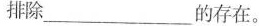
排除___的存在。